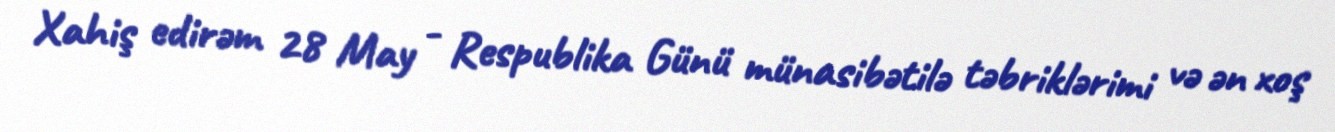
Xahiş edirəm 28 May - Respublika Günü münasibətilə təbriklərimi və ən xoş